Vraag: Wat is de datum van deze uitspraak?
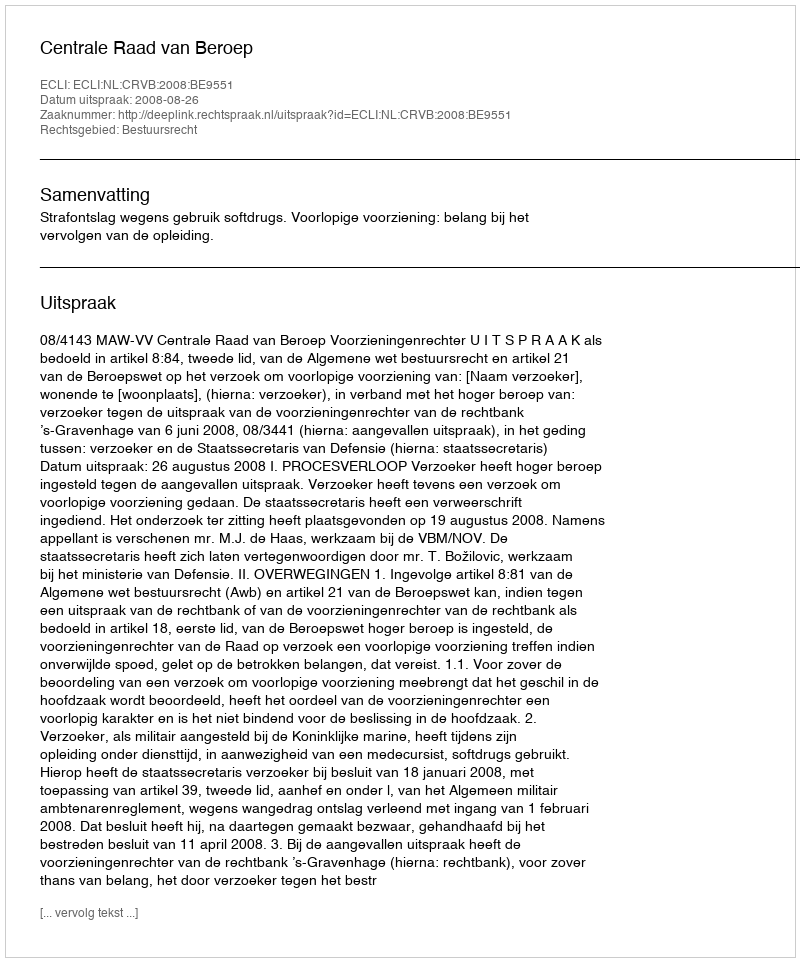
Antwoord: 2008-08-26